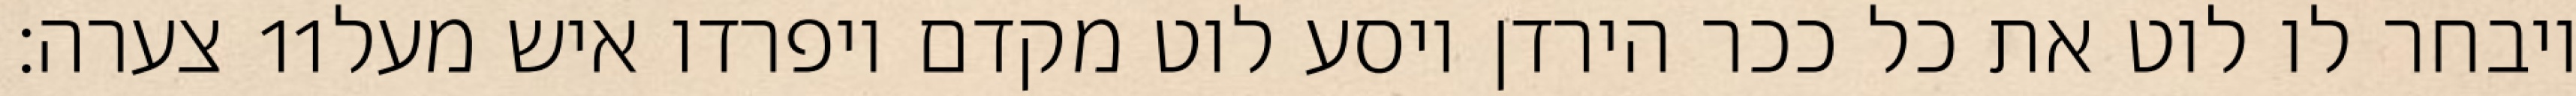
צערה׃ ‎11‏ ויבחר לו לוט את כל ככר הירדן ויסע לוט מקדם ויפרדו איש מעל